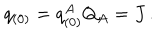
q _ { ( 0 ) } = q _ { ( 0 ) } ^ { A } Q _ { A } = J \, .